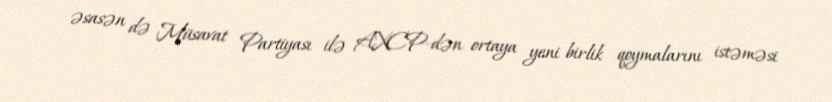
əsasən də Müsavat Partiyası ilə AXCP-dən ortaya yeni birlik qoymalarını istəməsi